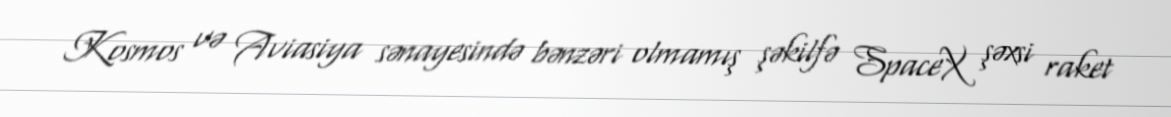
Kosmos və Aviasiya sənayesində bənzəri olmamış şəkilfə SpaceX şəxsi raket